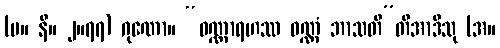
(မ။ နိ။ ၂။၇၇) ဂုဏော။ “ဝဏ္ဏာရဟဿ ဝဏ္ဏံ ဘာသတီ”တိအာဒီသု (အ။